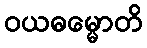
ဝယဓမ္မောတိ